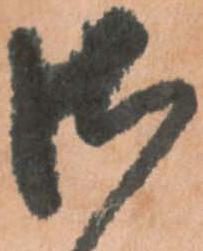
御